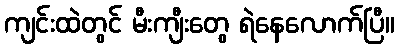
ကျင်းထဲတွင် မီးကျီးတွေ ရဲနေလောက်ပြီ။